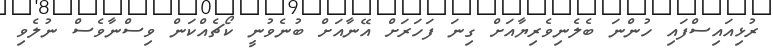
ރުޅިއައިސްފައި ހުންނަ ބެލެނިވެރިޔާއަށް ގިނަ ފަހަރަށް އޭނާއަށް ބުނެވުނީ ކޯޗެއްކަން ވިސްނާވެސް ނުލެވި